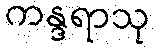
ကန္ဒရာသု